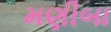
મણીબા